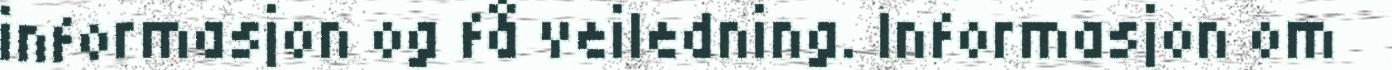
informasjon og få veiledning. Informasjon om